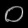
Digit: ၀